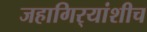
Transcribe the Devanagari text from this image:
जहागिर्‍यांशीच